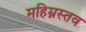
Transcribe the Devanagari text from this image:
महिम्नस्तव